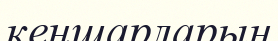
кеңшарларын